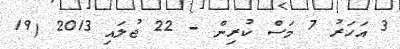
3 އަހަރު 7 މަސް ކުރިން - 22 ޖުލައި 2013 (19